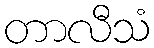
တာလီသံ